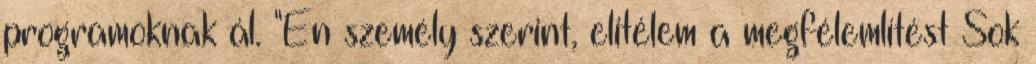
programoknak ál. "Én személy szerint, elitélem a megfélemlítést Sok